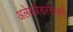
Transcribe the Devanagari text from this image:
अलेक्जेंडरकेज़र्न